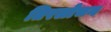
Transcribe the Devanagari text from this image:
तिरलोचन